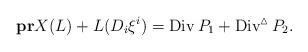
LaTeX: \begin{align*}\bold{pr}X(L)+L(D_i\xi^i)=\operatorname{Div}P_1+\operatorname{Div}^{\vartriangle}P_2.\end{align*}